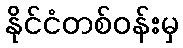
နိုင်ငံတစ်ဝန်းမှ